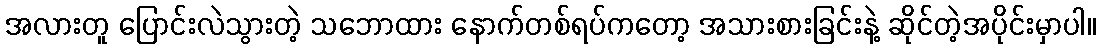
အလားတူ ပြောင်းလဲသွားတဲ့ သဘောထား နောက်တစ်ရပ်ကတော့ အသားစားခြင်းနဲ့ ဆိုင်တဲ့အပိုင်းမှာပါ။